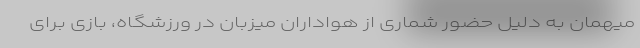
میهمان به دلیل حضور شماری از هواداران میزبان در ورزشگاه، بازی برای